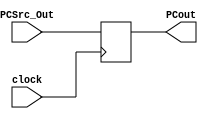
`timescale 1ns / 1ps
//////////////////////////////////////////////////////////////////////////////////
// Company: 
// Engineer: 
// 
// Design Name: 
// Module Name:    PC 
// Project Name: 
// Target Devices: 
// Tool versions: 
// Description: 
//
// Dependencies: 
//
// Revision: 
// Revision 0.01 - File Created
// Additional Comments: 
//
//////////////////////////////////////////////////////////////////////////////////
module PC(PCSrc_Out,PCout, clock);
		input [63:0] PCSrc_Out;
		input clock; // the clock to triger write
		output reg [63:0] PCout;
		
		wire [63:0] PCin;
		
		initial 
		begin
		PCout = 0;
		end
		
		assign PCin = PCSrc_Out;
		
		always@(posedge clock) begin
		PCout <= PCin;
		end
		
		
		
endmodule